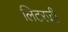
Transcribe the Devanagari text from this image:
लिटरजी